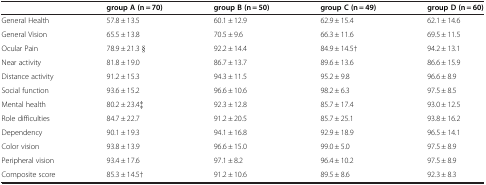
<table><thead><tr><td><b> </b></td><td><b>group A (n = 70)</b></td><td><b>group B (n = 50)</b></td><td><b>group C (n = 49)</b></td><td><b>group D (n = 60)</b></td></tr></thead><tbody><tr><td>General Health</td><td>57.8 ± 13.5</td><td>60.1 ± 12.9</td><td>62.9 ± 15.4</td><td>62.1 ± 14.6</td></tr><tr><td>General Vision</td><td>65.5 ± 13.8</td><td>70.5 ± 9.6</td><td>66.3 ± 11.6</td><td>69.5 ± 11.5</td></tr><tr><td>Ocular Pain</td><td>78.9 ± 21.3 §</td><td>92.2 ± 14.4</td><td>84.9 ± 14.5†</td><td>94.2 ± 13.1</td></tr><tr><td>Near activity</td><td>81.8 ± 19.0</td><td>86.7 ± 13.7</td><td>89.6 ± 13.6</td><td>86.6 ± 15.9</td></tr><tr><td>Distance activity</td><td>91.2 ± 15.3</td><td>94.3 ± 11.5</td><td>95.2 ± 9.8</td><td>96.6 ± 8.9</td></tr><tr><td>Social function</td><td>93.6 ± 15.2</td><td>96.6 ± 10.6</td><td>98.2 ± 6.3</td><td>97.5 ± 8.5</td></tr><tr><td>Mental health</td><td>80.2 ± 23.4‡</td><td>92.3 ± 12.8</td><td>85.7 ± 17.4</td><td>93.0 ± 12.5</td></tr><tr><td>Role difficulties</td><td>84.7 ± 22.7</td><td>91.2 ± 20.5</td><td>85.7 ± 25.1</td><td>93.8 ± 16.2</td></tr><tr><td>Dependency</td><td>90.1 ± 19.3</td><td>94.1 ± 16.8</td><td>92.9 ± 18.9</td><td>96.5 ± 14.1</td></tr><tr><td>Color vision</td><td>93.8 ± 13.9</td><td>96.6 ± 15.0</td><td>99.0 ± 5.0</td><td>97.5 ± 8.9</td></tr><tr><td>Peripheral vision</td><td>93.4 ± 17.6</td><td>97.1 ± 8.2</td><td>96.4 ± 10.2</td><td>97.5 ± 8.9</td></tr><tr><td>Composite score</td><td>85.3 ± 14.5†</td><td>91.2 ± 10.6</td><td>89.5 ± 8.6</td><td>92.3 ± 8.3</td></tr></tbody></table>